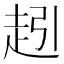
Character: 𮚵